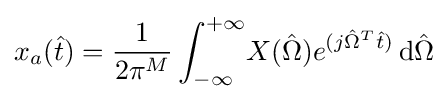
x_{a}({\hat {t}})={\frac {1}{2\pi ^{M}}}\int _{-\infty }^{+\infty }\!X({\hat {\Omega }})e^{(j{\hat {\Omega }}^{T}{\hat {t}})}\,\mathrm {d} {\hat {\Omega }}